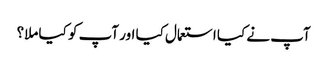
آپ نے کیا استعمال کیا اور آپ کو کیا ملا؟